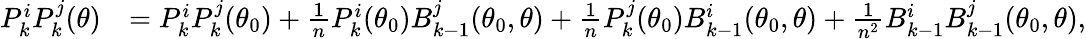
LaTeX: \begin{array}{rl}{P_{k}^{i}P_{k}^{j}(\theta)}&{=P_{k}^{i}P_{k}^{j}(\theta_{0})+\frac{1}{n}P_{k}^{i}(\theta_{0})B_{k-1}^{j}(\theta_{0},\theta)+\frac{1}{n}P_{k}^{j}(\theta_{0})B_{k-1}^{i}(\theta_{0},\theta)+\frac{1}{n^{2}}B_{k-1}^{i}B_{k-1}^{j}(\theta_{0},\theta),}\end{array}